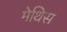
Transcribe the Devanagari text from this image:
मेथिस